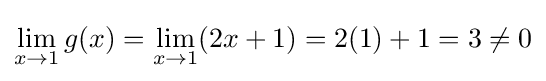
\lim _{x\to 1}g(x)=\lim _{x\to 1}(2x+1)=2(1)+1=3\neq 0